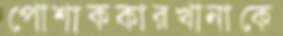
পোশাককারখানাকে